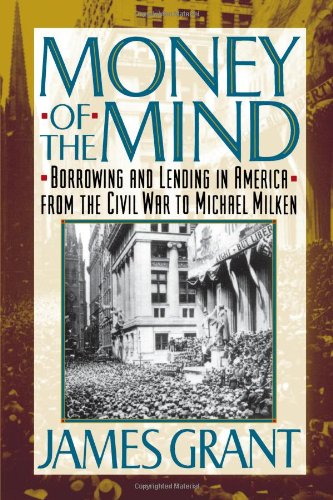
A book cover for Money of the Mind: How the 1980s Got That Way; James Grant; Business & Money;